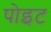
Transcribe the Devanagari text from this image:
पोइट